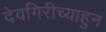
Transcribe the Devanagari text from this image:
देवगिरीच्याहुन